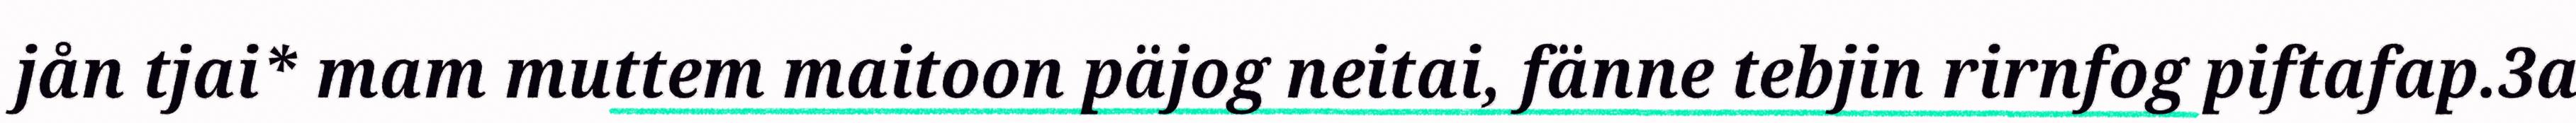
jån tjai* mam muttem maitoon päjog neitai, fänne tebjin rirnfog piftafap.3a